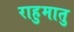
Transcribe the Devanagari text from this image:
राहुमातु